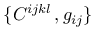
\{ C ^ { i j k l } \, , g _ { i j } \}